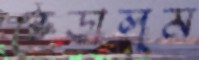
ভেড়ালুম